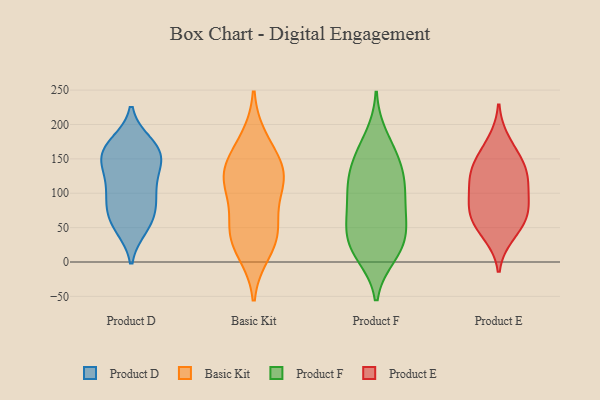
{"axis": {"x": "Waste Production (Tons)", "y": "Value"}, "legend": ["Basic Kit", "Product D", "Product E", "Product F"], "data": [{"x": "", "y": 172, "type": "Product D"}, {"x": "", "y": 53, "type": "Product D"}, {"x": "", "y": 121, "type": "Product D"}, {"x": "", "y": 138, "type": "Product D"}, {"x": "", "y": 138, "type": "Product D"}, {"x": "", "y": 85, "type": "Product D"}, {"x": "", "y": 103, "type": "Product D"}, {"x": "", "y": 70, "type": "Product D"}, {"x": "", "y": 58, "type": "Product D"}, {"x": "", "y": 162, "type": "Product D"}, {"x": "", "y": 103, "type": "Product D"}, {"x": "", "y": 152, "type": "Product D"}, {"x": "", "y": 154, "type": "Product D"}, {"x": "", "y": 87, "type": "Product D"}, {"x": "", "y": 50, "type": "Product D"}, {"x": "", "y": 162, "type": "Product D"}, {"x": "", "y": 173, "type": "Product D"}, {"x": "", "y": 112, "type": "Basic Kit"}, {"x": "", "y": 43, "type": "Basic Kit"}, {"x": "", "y": 113, "type": "Basic Kit"}, {"x": "", "y": 176, "type": "Basic Kit"}, {"x": "", "y": 16, "type": "Basic Kit"}, {"x": "", "y": 148, "type": "Basic Kit"}, {"x": "", "y": 131, "type": "Basic Kit"}, {"x": "", "y": 44, "type": "Basic Kit"}, {"x": "", "y": 121, "type": "Basic Kit"}, {"x": "", "y": 45, "type": "Basic Kit"}, {"x": "", "y": 106, "type": "Product F"}, {"x": "", "y": 141, "type": "Product F"}, {"x": "", "y": 21, "type": "Product F"}, {"x": "", "y": 153, "type": "Product F"}, {"x": "", "y": 116, "type": "Product F"}, {"x": "", "y": 10, "type": "Product F"}, {"x": "", "y": 83, "type": "Product F"}, {"x": "", "y": 105, "type": "Product F"}, {"x": "", "y": 27, "type": "Product F"}, {"x": "", "y": 118, "type": "Product F"}, {"x": "", "y": 62, "type": "Product F"}, {"x": "", "y": 156, "type": "Product F"}, {"x": "", "y": 182, "type": "Product F"}, {"x": "", "y": 61, "type": "Product F"}, {"x": "", "y": 57, "type": "Product F"}, {"x": "", "y": 37, "type": "Product F"}, {"x": "", "y": 14, "type": "Product F"}, {"x": "", "y": 73, "type": "Product E"}, {"x": "", "y": 49, "type": "Product E"}, {"x": "", "y": 108, "type": "Product E"}, {"x": "", "y": 115, "type": "Product E"}, {"x": "", "y": 39, "type": "Product E"}, {"x": "", "y": 143, "type": "Product E"}, {"x": "", "y": 73, "type": "Product E"}, {"x": "", "y": 176, "type": "Product E"}, {"x": "", "y": 151, "type": "Product E"}, {"x": "", "y": 135, "type": "Product E"}, {"x": "", "y": 67, "type": "Product E"}, {"x": "", "y": 119, "type": "Product E"}, {"x": "", "y": 84, "type": "Product E"}]}